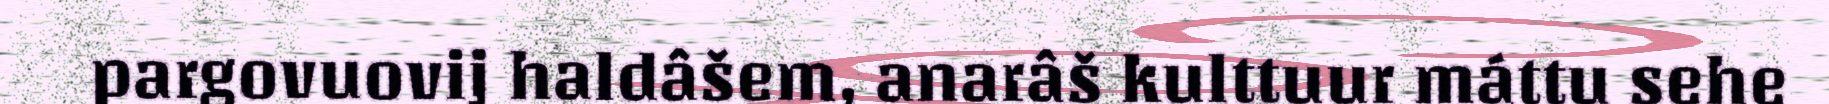
pargovuovij haldâšem, anarâš kulttuur máttu sehe